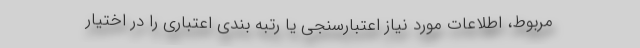
مربوط، اطلاعات مورد نیاز اعتبارسنجی یا رتبه بندی اعتباری را در اختیار